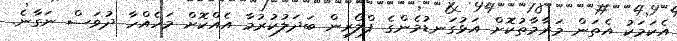
އެކަމަކު އެތަން މަރާމާތުކޮށް އަޅުގަނޑުމެންގެ ފްލޯރިން ބަދަލުކުރުމާ އެއްކޮށް މަހެއްހާ ދުވަސް ނަގާނެ.